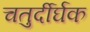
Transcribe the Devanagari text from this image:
चतुर्दीर्घक